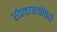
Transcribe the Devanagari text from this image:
संप्रदायबोधिनी